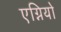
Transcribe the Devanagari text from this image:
एग्नियो